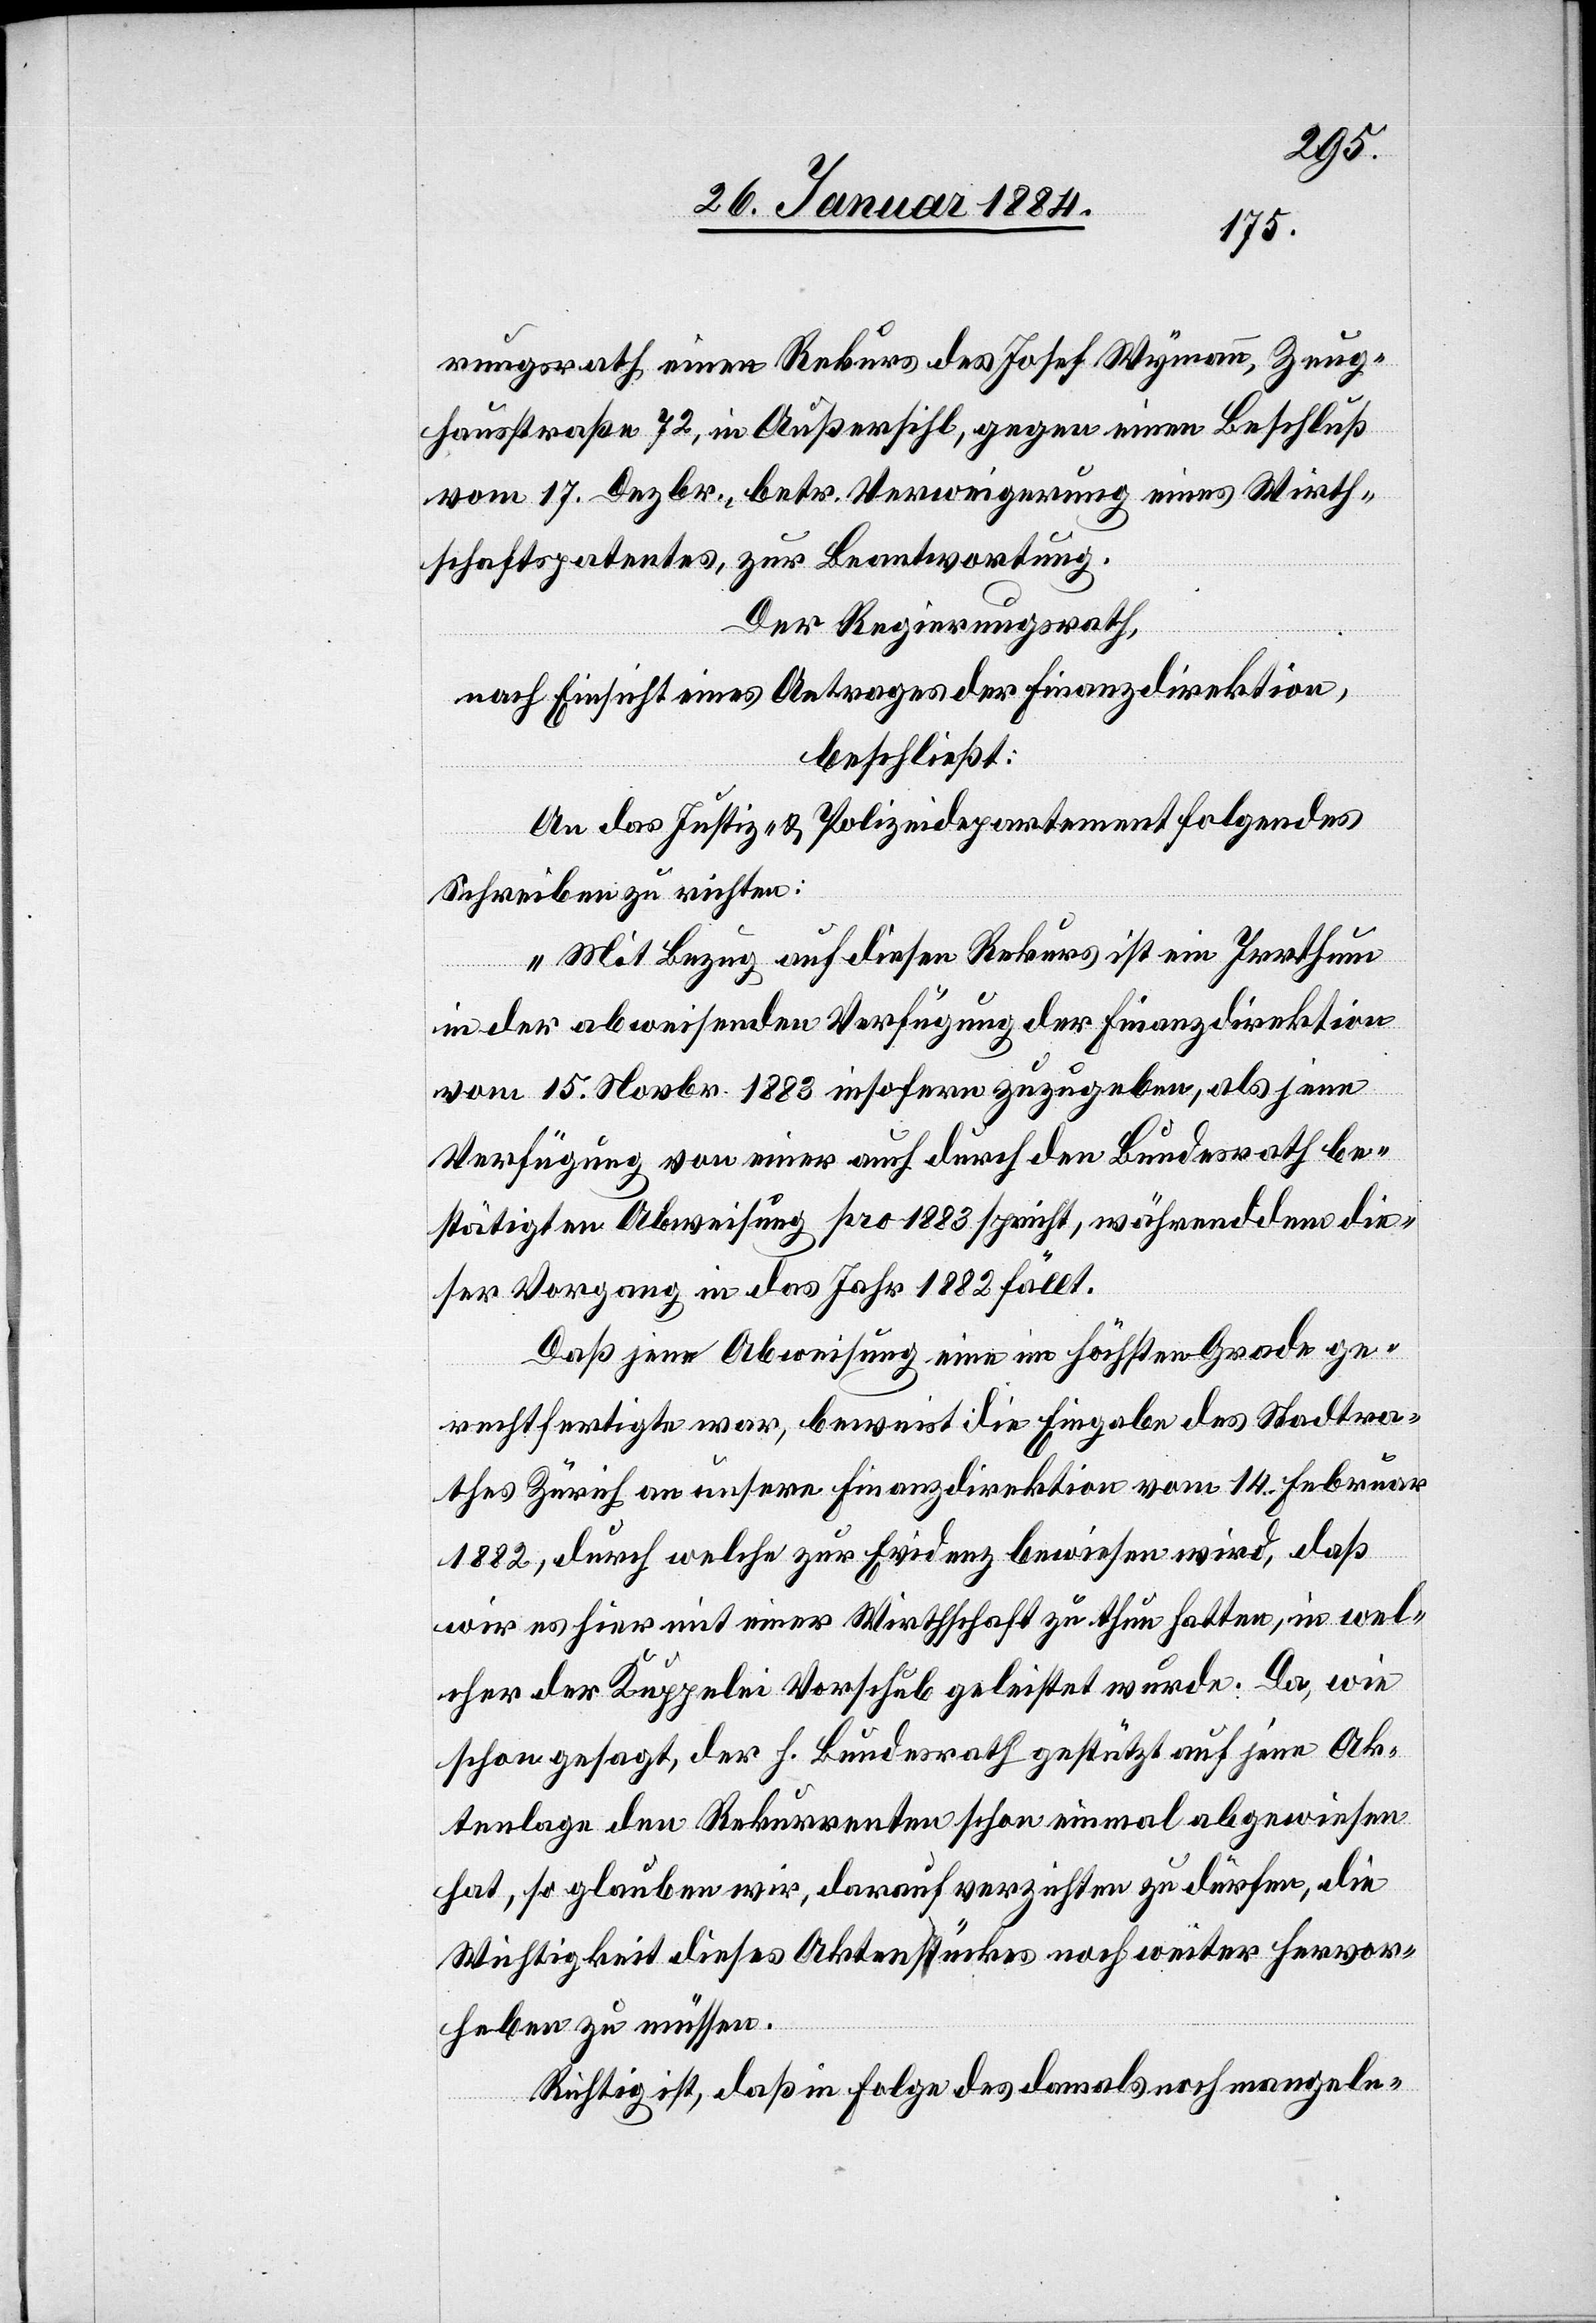
rungsrath einen Rekurs des Josef Wymann, Zeug¬
hausstraße 72, in Außersihl, gegen einen Beschluß
vom 17. Dezbr., betr. Verweigerung eines Wirth¬
schaftspatentes, zur Beantwortung.
Der Regierungsrath,
nach Einsicht eines Antrages der Finanzdirektion,
beschließt:
An das Justiz- & Polizeidepartement folgendes
Schreiben zu richten:
„Mit Bezug auf diesen Rekurs ist ein Irrthum
in der abweisenden Verfügung der Finanzdirektion
vom 15. Novbr. 1883 insofern zugegeben, als jene
Verfügung von einer auch durch den Bundesrath be¬
stätigten Abweisung pro 1883 spricht, währendem die¬
ser Vorgang in das Jahr 1882 fällt.
Daß jene Abweisung eine im höchsten Grade ge¬
rechtfertigte war, beweist die Eingabe des Stadtra¬
thes Zürich an unsere Finanzdirektion vom 14. Februar
1882, durch welche zur Evidenz bewiesen wird, daß
wir es hier mit einer Wirthschaft zu thun hatten, in wel¬
cher der Kuppelei Vorschub geleistet wurde. Da, wie
schon gesagt, der h. Bundesrath gestützt auf jene Ak¬
tenlage den Rekurrenten schon einmal abgewiesen
hat, so glauben wir, darauf verzichten zu dürfen, die
Wichtigkeit dieses Aktenstückes noch weiter hervor¬
heben zu müssen.
Richtig ist, daß in Folge des damals noch mangeln-